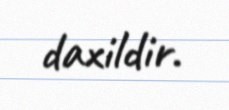
daxildir.